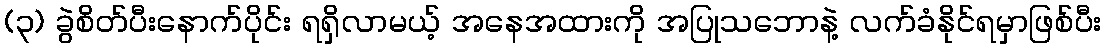
(၃) ခွဲစိတ်ပီးနောက်ပိုင်း ရရှိလာမယ့် အနေအထားကို အပြုသဘောနဲ့ လက်ခံနိုင်ရမှာဖြစ်ပီး